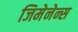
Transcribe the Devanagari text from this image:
जिमेनेन्स